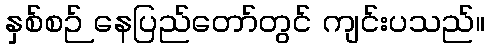
နှစ်စဉ် နေပြည်တော်တွင် ကျင်းပသည်။